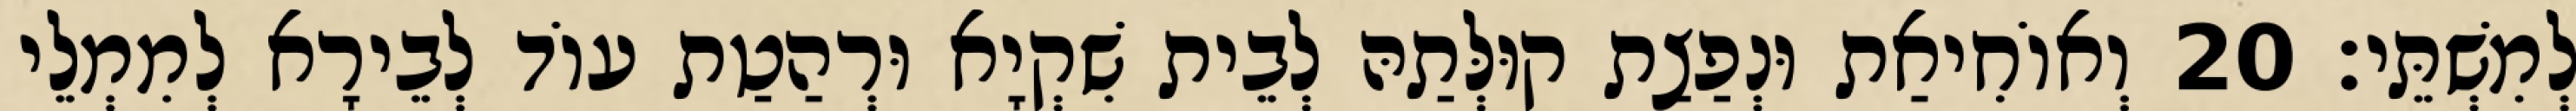
לְמִשְׁתֵּי׃ 20 וְאוֹחִיאַת וּנְפַצַת קוּלְּתַהּ לְבֵית שִׁקְיָא וּרְהַטַת עוֹד לְבֵירָא לְמִמְלֵי